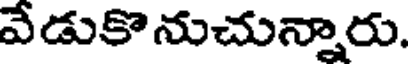
వేడుకొనుచున్నారు.